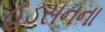
હડસનના